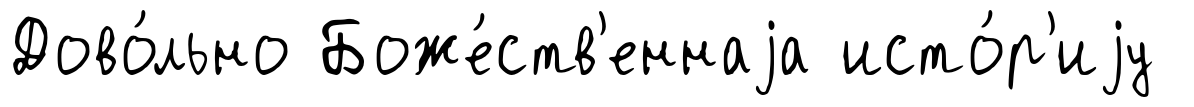
Дово́льно Боже́ств'еннаjа исто́р'иjу